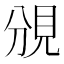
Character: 𧠚